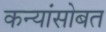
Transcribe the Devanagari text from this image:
कन्यांसोबत